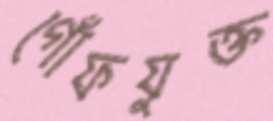
গোঁফযুক্ত